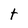
Character: t